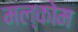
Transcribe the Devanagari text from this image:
मल्कोम